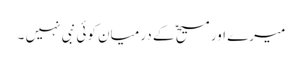
میرے اور مسیحؑ کے درمیان کوئی نبی نہیں ۔